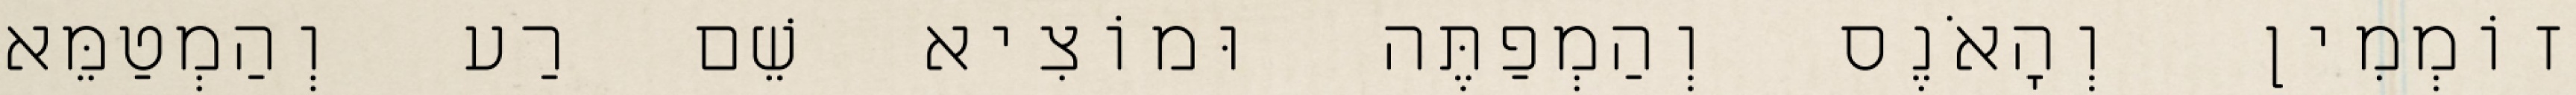
זוֹמְמִין וְהָאֹנֶס וְהַמְפַתֶּה וּמוֹצִיא שֵׁם רַע וְהַמְטַמֵּא